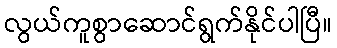
လွယ်ကူစွာဆောင်ရွက်နိုင်ပါပြီ။